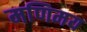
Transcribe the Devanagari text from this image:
मणिमय